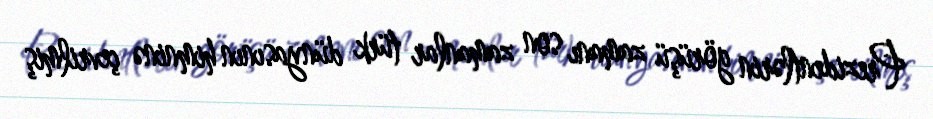
Prezidentlərin görüşü zamanı son zamanlar türk dünyasının himninə çevrilmiş